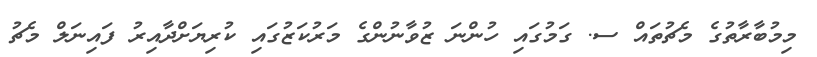
މިމުބާރާތުގެ މެޗުތައް ސ. ގަމުގައި ހުންނަ ޒުވާނުންގެ މަރުކަޒުގައި ކުރިޔަށްދާއިރު ފައިނަލް މެޗު